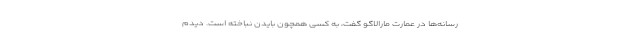
رسانه‌ها در عمارت مارالاگو گفت، به کسی همچون بایدن نباخته است. دیدم